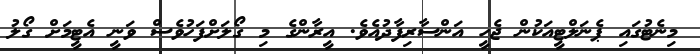
މިނެޓުގައި ޕެނަލްޓީއަކުން ޖެހީ އަންސާރިފާދުއެވެ. އީރާންގެ މި ގޯލަށްފަހުވެސް ވަނީ އެޓީމަށް ގޯލު